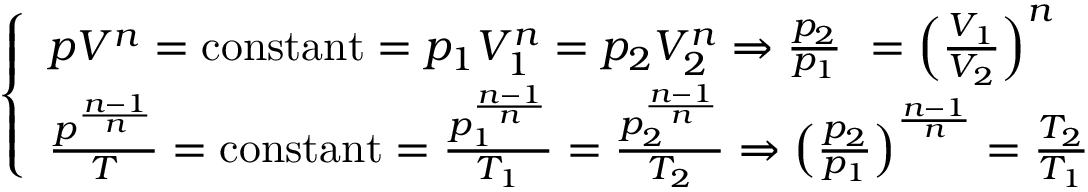
{ \left\{ \begin{array} { l l } { p V ^ { n } = { \mathrm { c o n s t a n t } } = p _ { 1 } V _ { 1 } ^ { n } = p _ { 2 } V _ { 2 } ^ { n } \Rightarrow { \frac { p _ { 2 } } { p _ { 1 } } } \ = \left( { \frac { V _ { 1 } } { V _ { 2 } } } \right) ^ { n } } & \\ { { \frac { p ^ { \frac { n - 1 } { n } } } { T } } = { \mathrm { c o n s t a n t } } = { \frac { p _ { 1 } ^ { \frac { n - 1 } { n } } } { T _ { 1 } } } = { \frac { p _ { 2 } ^ { \frac { n - 1 } { n } } } { T _ { 2 } } } \Rightarrow \left( { \frac { p _ { 2 } } { p _ { 1 } } } \right) ^ { \frac { n - 1 } { n } } = { \frac { T _ { 2 } } { T _ { 1 } } } } & \end{array} \right. }